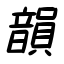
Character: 韻